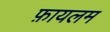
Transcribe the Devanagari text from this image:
फ़ायलम